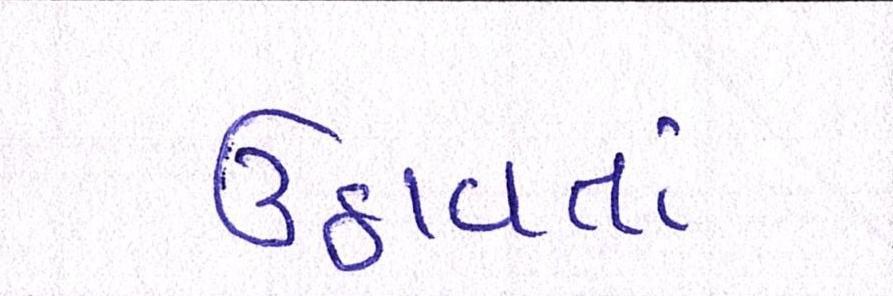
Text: ઉઠાવતાં